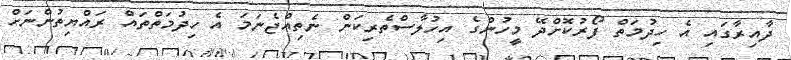
ދާއިރާގައި އެ ހިދުމަތް ފޯރުކޮށްދޭ މީހުންގެ އިހުލާސްތެރިކަން ނެތިއްޖެނަމަ އެ ހިދުމަތްތައް ރައްޔިތުންނަށް